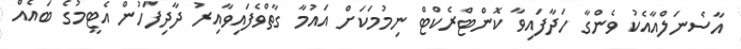
އާސެނަލްއާއެކު ވެންގާ ހަދާފައިވާ ކޮންޓްރެކްޓް ނިމުމަކަށް އައުމާ ގާތްވެފައިވާއިރު ދާދިފަހުން އެޓީމުގެ ބައެއް